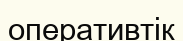
оперативтік